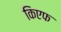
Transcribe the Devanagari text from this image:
किएफ